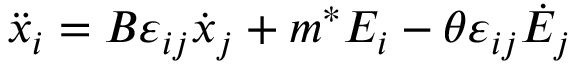
\ddot { x } _ { i } = B \varepsilon _ { i j } \dot { x } _ { j } + m ^ { * } E _ { i } - \theta \varepsilon _ { i j } \dot { E } _ { j }